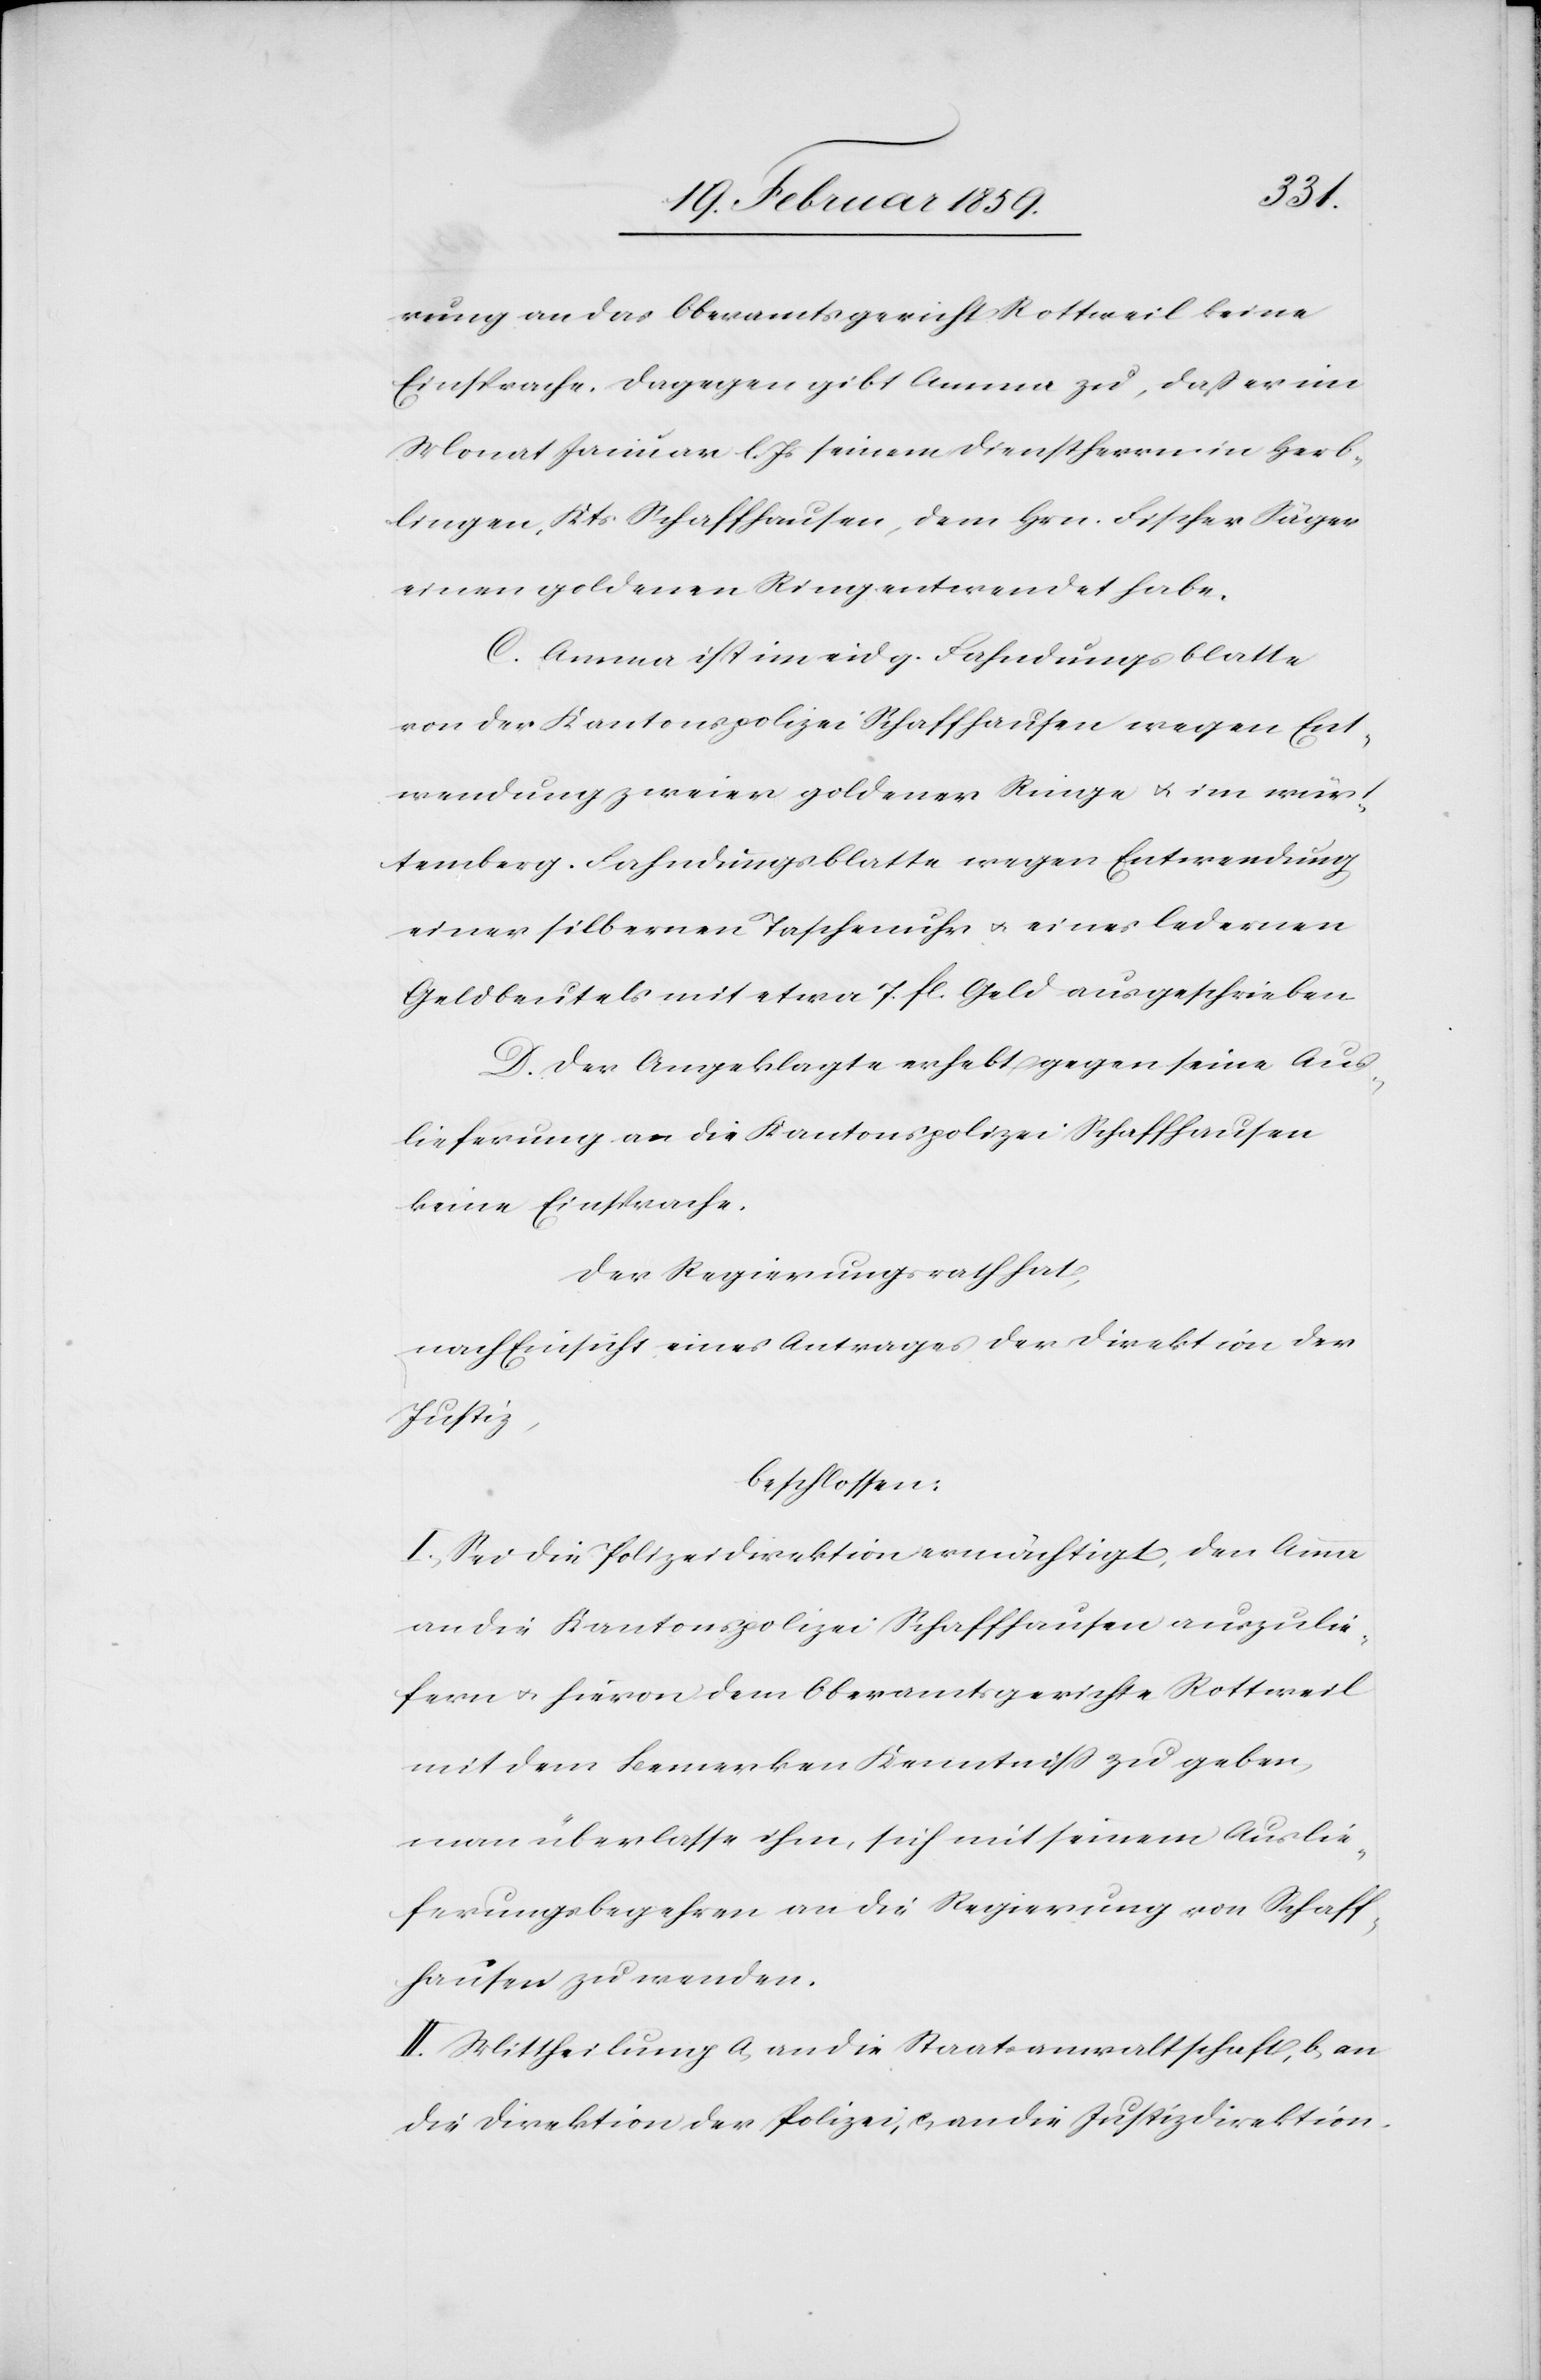
rung an das Oberamtsgericht Rottweil keine
Einsprache. Dagegen gibt Amma zu, daß er im
Monat Januar l. Js seinem Dienstherrn in Herb¬
lingen, Kts Schaffhausen, dem Hrn. Fischer Säger
einen goldenen Ring entwendet habe.
C. Amma ist im eidg. Fahndungsblatte
von der Kantonspolizei Schaffhausen wegen Ent¬
wendung zweier goldener Ringe u. im würt¬
temberg. Fahndungsblatte wegen Entwendung
einer silbernen Taschenuhr u. eines ledernen
Geldbeutels mit etwa 7. fl. Geld ausgeschrieben.
D. Der Angeklagte erhebt gegen seine Aus¬
lieferung an die Kantonspolizei Schaffhausen
keine Einsprache.
Der Regierungsrath hat,
nach Einsicht eines Antrages der Direktion der
Justiz,
beschlossen:
I. Sei die Polizeidirektion ermächtigt, den Amma
an die Kantonspolizei Schaffhausen auszulie¬
fern u. hievon dem Oberamtsgerichte Rottweil
mit dem Bemerken Kenntniß zu geben,
man überlasse ihm, sich mit seinem Auslie¬
ferungsbegehren an die Regierung von Schaff¬
hausen zu wenden.
II. Mittheilung a, an die Staatsanwaltschaft, b, an
die Direktion der Polizei, c, an die Justizdirektion.